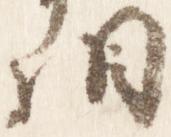
相